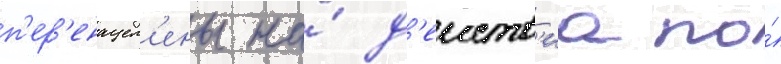
п'ер'енацел'ены на́ д'еиств'иа по́